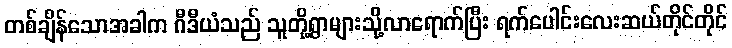
တစ်ချိန်သောအခါက ဂီဒီယံသည် သူတို့ရွာများသို့လာရောက်ပြီး ရက်ပေါင်းလေးဆယ်တိုင်တိုင်